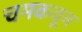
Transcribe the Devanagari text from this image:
चमकवून